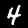
Label: 4